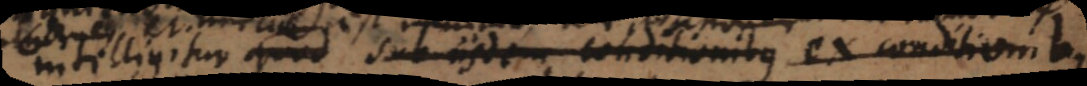
intelligitur quod sub iisdem conditionibus ex conditionibus